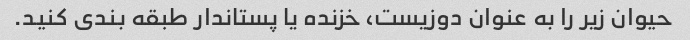
حیوان زیر را به عنوان دوزیست، خزنده یا پستاندار طبقه بندی کنید.